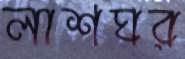
লাশঘর